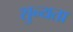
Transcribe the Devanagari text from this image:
शुन्यता